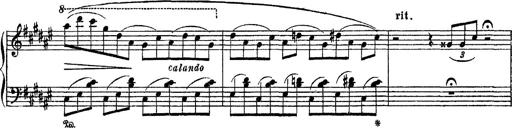
Title: Apparitions
Composer: Franz Liszt